Document type: Grant of rights
Year: 1280
Scribe: Pere Marc
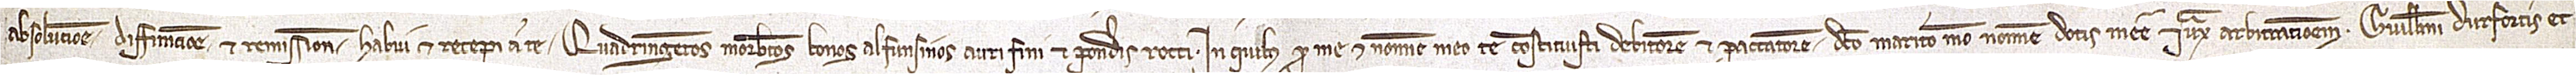
absolutione, diffinitione et remissione habui et recepi a te quadringentos morabatinos bonos alfunsinos auri fini et ponderis recti. In quibus pro me et nomine meo te constituisti debitorem et paccatorem dicto marito meo nomine dotis mee iuxta arbitrationem Guillelmi Durfortis et